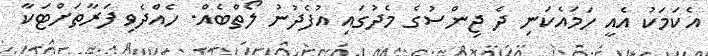
އެކަމަކު އެއީ ހަމައެކަނި ދެ ޖިންސުގެ މެދުގައި އުފެދުނު ލޯތްބެއް. ހެއްދެވި ފަރާތަށްޓަކާ